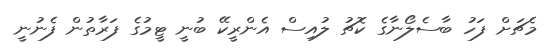
މެޗަށް ފަހު ބާސެލޯނާގެ ކޮޗު ލުއިސް އެންރީކޭ ބުނީ ޓީމުގެ ފަރާތުން ފެނުނީ